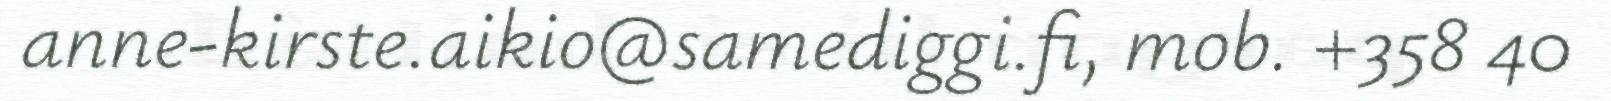
anne-kirste.aikio@samediggi.fi, mob. +358 40